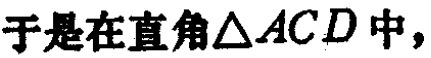
于是在直角$\triangle ACD$中，